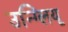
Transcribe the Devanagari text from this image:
उन्ग्लियू